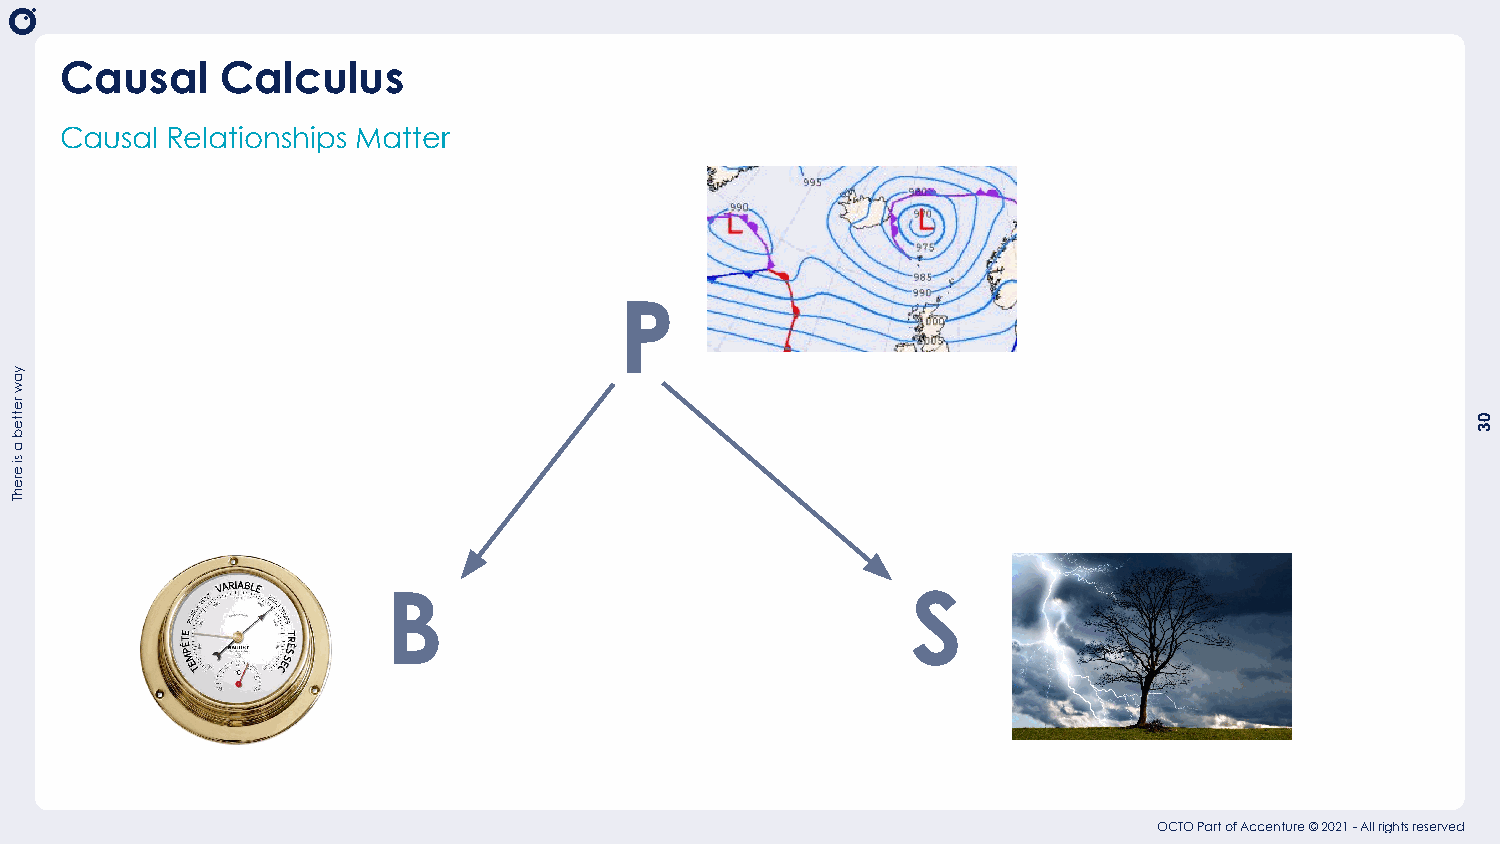
Causal     Calculus
 Causal Relationships Matter
 P
 B                                 S
 OCTO Part of Accenture © 2021 - All rights reserved
 yaw
 retteb
 a
 si
 erehT
 03